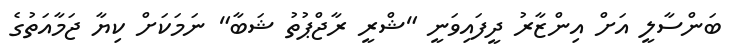
ބަންސާލީ އަށް އިންޒާރު ދީފައިވަނީ "ޝްރީ ރާޖްޕުތު ޝަބާ" ނަމަކަށް ކިޔާ ޖަމާއަތުގެ